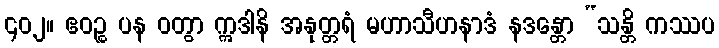
၄၀၂။ ဧဝဉ္စ ပန ဝတွာ ဣဒါနိ အနုတ္တရံ မဟာသီဟနာဒံ နဒန္တော “သန္တိ ကဿပ